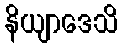
နိယျာဒေသိ